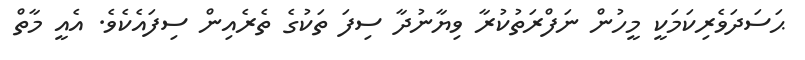
ޙަސަދަވެރިކަމަކީ މީހުން ނަފްރަތުކުރާ ވިޔާނުދާ ސިފަ ތަކުގެ ތެރެއިން ސިފައެކެވެ. އެއީ މާތް